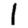
Digit: 1